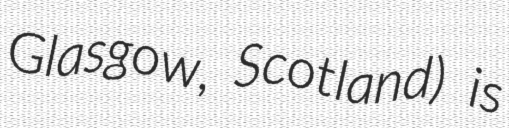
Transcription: Glasgow, Scotland) is